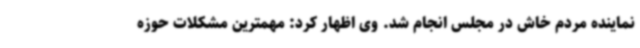
نماینده مردم خاش در مجلس انجام شد. وی اظهار کرد: مهمترین مشکلات حوزه